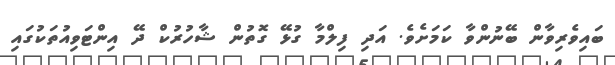
ބައިވެރިވާން ބޭނުންވާ ކަމަށެވެ. އަދި ފިލްމާ ގުޅޭ ގޮތުން ޝާހުރުކް ދޭ އިންޓަވިއުތަކުގައި